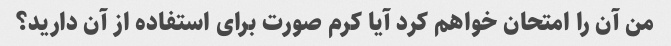
من آن را امتحان خواهم کرد آیا کرم صورت برای استفاده از آن دارید؟